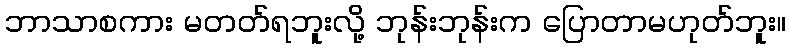
ဘာသာစကား မတတ်ရဘူးလို့ ဘုန်းဘုန်းက ပြောတာမဟုတ်ဘူး။